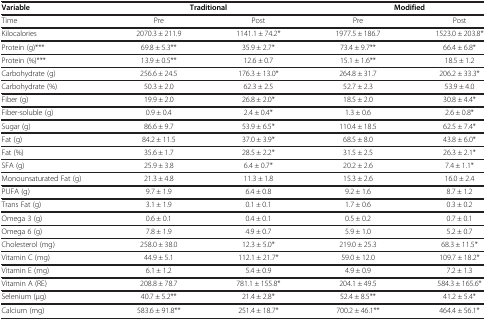
<table><thead><tr><td><b>Variable</b></td><td colspan="2"><b>Traditional</b></td><td colspan="2"><b>Modified</b></td></tr></thead><tbody><tr><td>Time</td><td>Pre</td><td>Post</td><td>Pre</td><td>Post</td></tr><tr><td>Kilocalories</td><td>2070.3 ± 211.9</td><td>1141.1 ± 74.2*</td><td>1977.5 ± 186.7</td><td>1523.0 ± 203.8*</td></tr><tr><td>Protein (g)***</td><td>69.8 ± 5.3**</td><td>35.9 ± 2.7*</td><td>73.4 ± 9.7**</td><td>66.4 ± 6.8*</td></tr><tr><td>Protein (%)***</td><td>13.9 ± 0.5**</td><td>12.6 ± 0.7</td><td>15.1 ± 1.6**</td><td>18.5 ± 1.2</td></tr><tr><td>Carbohydrate (g)</td><td>256.6 ± 24.5</td><td>176.3 ± 13.0*</td><td>264.8 ± 31.7</td><td>206.2 ± 33.3*</td></tr><tr><td>Carbohydrate (%)</td><td>50.3 ± 2.0</td><td>62.3 ± 2.5</td><td>52.7 ± 2.3</td><td>53.9 ± 4.0</td></tr><tr><td>Fiber (g)</td><td>19.9 ± 2.0</td><td>26.8 ± 2.0*</td><td>18.5 ± 2.0</td><td>30.8 ± 4.4*</td></tr><tr><td>Fiber-soluble (g)</td><td>0.9 ± 0.4</td><td>2.4 ± 0.4*</td><td>1.3 ± 0.6</td><td>2.6 ± 0.8*</td></tr><tr><td>Sugar (g)</td><td>86.6 ± 9.7</td><td>53.9 ± 6.5*</td><td>110.4 ± 18.5</td><td>62.5 ± 7.4*</td></tr><tr><td>Fat (g)</td><td>84.2 ± 11.5</td><td>37.0 ± 3.9*</td><td>68.5 ± 8.0</td><td>43.8 ± 6.0*</td></tr><tr><td>Fat (%)</td><td>35.6 ± 1.7</td><td>28.5 ± 2.2*</td><td>31.5 ± 2.5</td><td>26.3 ± 2.1*</td></tr><tr><td>SFA (g)</td><td>25.9 ± 3.8</td><td>6.4 ± 0.7*</td><td>20.2 ± 2.6</td><td>7.4 ± 1.1*</td></tr><tr><td>Monounsaturated Fat (g)</td><td>21.3 ± 4.8</td><td>11.3 ± 1.8</td><td>15.3 ± 2.6</td><td>16.0 ± 2.4</td></tr><tr><td>PUFA (g)</td><td>9.7 ± 1.9</td><td>6.4 ± 0.8</td><td>9.2 ± 1.6</td><td>8.7 ± 1.2</td></tr><tr><td>Trans Fat (g)</td><td>3.1 ± 1.9</td><td>0.1 ± 0.1</td><td>1.7 ± 0.6</td><td>0.3 ± 0.2</td></tr><tr><td>Omega 3 (g)</td><td>0.6 ± 0.1</td><td>0.4 ± 0.1</td><td>0.5 ± 0.2</td><td>0.7 ± 0.1</td></tr><tr><td>Omega 6 (g)</td><td>7.8 ± 1.9</td><td>4.9 ± 0.7</td><td>5.9 ± 1.0</td><td>5.2 ± 0.7</td></tr><tr><td>Cholesterol (mg)</td><td>258.0 ± 38.0</td><td>12.3 ± 5.0*</td><td>219.0 ± 25.3</td><td>68.3 ± 11.5*</td></tr><tr><td>Vitamin C (mg)</td><td>44.9 ± 5.1</td><td>112.1 ± 21.7*</td><td>59.0 ± 12.0</td><td>109.7 ± 18.2*</td></tr><tr><td>Vitamin E (mg)</td><td>6.1 ± 1.2</td><td>5.4 ± 0.9</td><td>4.9 ± 0.9</td><td>7.2 ± 1.3</td></tr><tr><td>Vitamin A (RE)</td><td>208.8 ± 78.7</td><td>781.1 ± 155.8*</td><td>204.1 ± 49.5</td><td>584.3 ± 165.6*</td></tr><tr><td>Selenium (μg)</td><td>40.7 ± 5.2**</td><td>21.4 ± 2.8*</td><td>52.4 ± 8.5**</td><td>41.2 ± 5.4*</td></tr><tr><td>Calcium (mg)</td><td>583.6 ± 91.8**</td><td>251.4 ± 18.7*</td><td>700.2 ± 46.1**</td><td>464.4 ± 56.1*</td></tr></tbody></table>